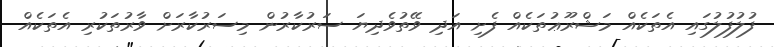
ފުލުފުލުގައި އެތަކެއް މަޝްރޫޢުތަކެއް ފެށި އަދި ވޭތުވެދިޔަ ސަރުކާރުން މިސަރުކާރަށް ވާރުތަކުރި އެތަކެއް